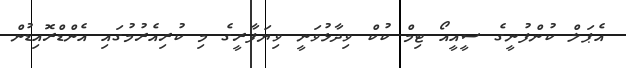
އެޕަލް ކުންފުނީގެ ސީއީއޯ ޓިމް ކުކް ވިދާޅުވަނީ ވިޔަފާރީގެ މި ކުރިއެރުމުގައި އެންޑްރޮއިޑުން